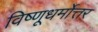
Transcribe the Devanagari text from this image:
विष्णूधर्मोत्तर